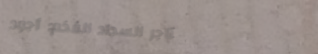
متاجر السجاد الفخم: أجود